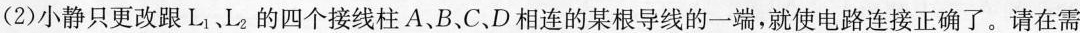
(2)小静只更改跟L_{1}、L_{2}的四个接线柱A、B、C、D相连的某根导线的一端，就使电路连接正确了。请在需